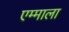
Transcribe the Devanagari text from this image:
एम्माला